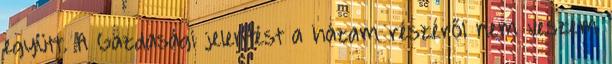
együtt. A Gazdasági jelentést a házam részéről nem veszem